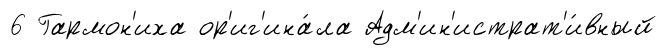
6 Гармон'иха ор'иг'ина́ла Адм'ин'истрат'и́вный